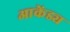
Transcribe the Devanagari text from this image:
आकेंड्य